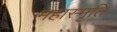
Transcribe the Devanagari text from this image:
महास्मृति